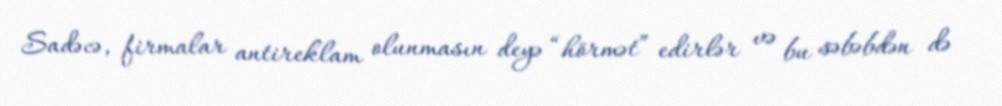
Sadəcə, firmalar antireklam olunmasın deyə “hörmət” edirlər və bu səbəbdən də